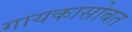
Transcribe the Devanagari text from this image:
गायकासोबत